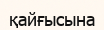
қайғысына